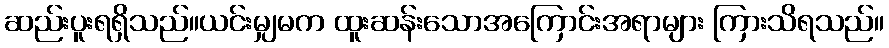
ဆည်းပူးရရှိသည်။ယင်းမျှမက ထူးဆန်းသောအကြောင်းအရာများ ကြားသိရသည်။